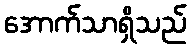
အောက်သာရှိသည်